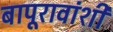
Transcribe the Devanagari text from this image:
बापूरावांशी